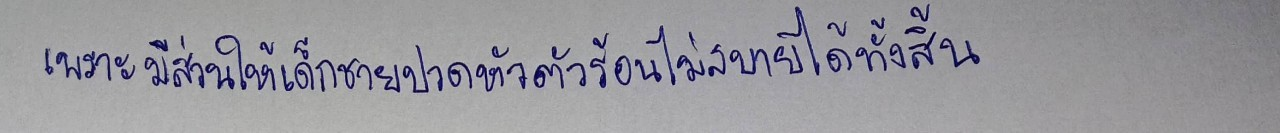
เพราะมีส่วนให้เด็กชายปวดหัวตัวร้อนไม่สบายได้ทั้งสิ้น